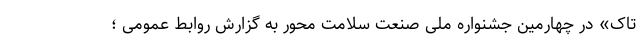
تاک» در چهارمین جشنواره ملی صنعت سلامت محور به گزارش روابط عمومی ؛